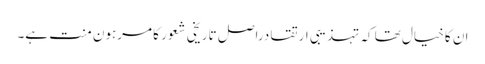
ان کا خیال تھا کہ تہذیبی ارتقا دراصل تاریخی شعور کا مرہون منت ہے۔